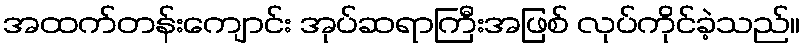
အထက်တန်းကျောင်း အုပ်ဆရာကြီးအဖြစ် လုပ်ကိုင်ခဲ့သည်။